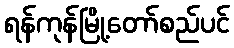
ရန်ကုန်မြို့တော်စည်ပင်